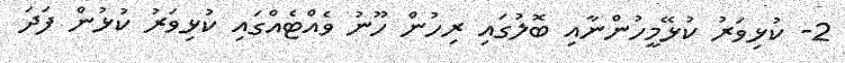
2- ކުޅިވަރު ކުޅޭމީހުންނާއި ބޮލުގައި ރިހުން ހޫނު ވެއްޓެއްގައި ކުޅިވަރު ކުޅުން ފަދަ